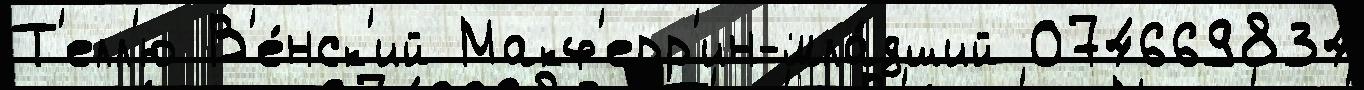
Т'елл'ю В'е́нск'ий Макф'ерр'ин-мла́дший 074669834